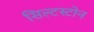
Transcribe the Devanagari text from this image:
सिल्टस्टोन